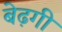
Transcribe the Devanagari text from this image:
बेढ़गी